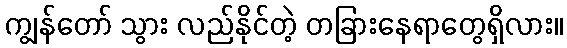
ကျွန်တော် သွား လည်နိုင်တဲ့ တခြားနေရာတွေရှိလား။